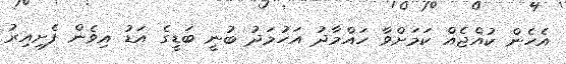
އެހެން ކުއްޖެއް ކަމަށްވާ ހައްމާދު އަހުމަދު ބުނީ ބަޑީގެ އަޑު އިވެން ފެށިއިރު